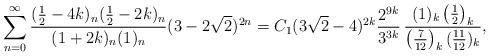
LaTeX: \begin{align*}\sum_{n=0}^{\infty} \frac{(\frac12-4k)_n (\frac12-2k)_n}{(1+2k)_n(1)_n} (3-2\sqrt 2)^{2n} = C_1 (3\sqrt 2-4)^{2k} \frac{2^{9k}}{3^{3k}} \, \frac{(1)_k \left(\frac12\right)_k}{\left(\frac{7}{12}\right)_k (\frac{11}{12})_k},\end{align*}